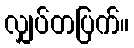
လျှပ်တပြက်။